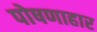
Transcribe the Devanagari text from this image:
पोषणाहार